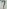
Text: 7